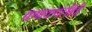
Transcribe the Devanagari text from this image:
कणकवलीची